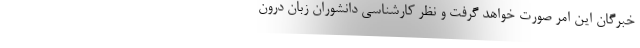
خبرگان این امر صورت خواهد گرفت و نظر کارشناسی دانشوران زبان درون